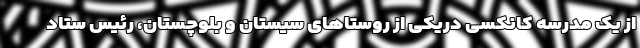
از یک مدرسه کانکسی دریکی از روستاهای سیستان و بلوچستان، رئیس ستاد